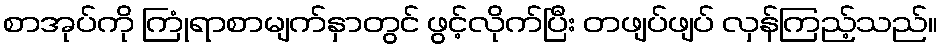
စာအုပ်ကို ကြုံရာစာမျက်နှာတွင် ဖွင့်လိုက်ပြီး တဖျပ်ဖျပ် လှန်ကြည့်သည်။